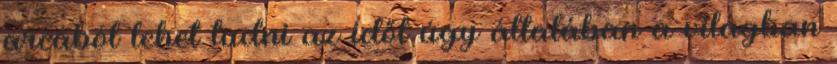
arcából lehet tudni az időt úgy általában a világban